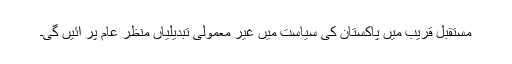
مستقبل قریب میں پاکستان کی سیاست میں غیر معمولی تبدیلیاں منظر عام پر آئیں گی۔